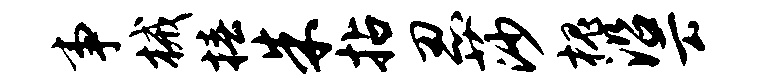
事械椿朱拈忍莎槐沿云